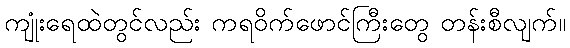
ကျုံးရေထဲတွင်လည်း ကရဝိက်ဖောင်ကြီးတွေ တန်းစီလျက်။